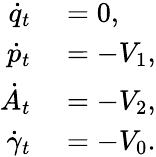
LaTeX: \begin{array}{rl}{\dot{q}_{t}}&{{}=0,}\\ {\dot{p}_{t}}&{{}=-V_{1},}\\ {\dot{A}_{t}}&{{}=-V_{2},}\\ {\dot{\gamma}_{t}}&{{}=-V_{0}.}\end{array}